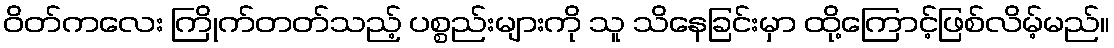
ဝိတ်ကလေး ကြိုက်တတ်သည့် ပစ္စည်းများကို သူ သိနေခြင်းမှာ ထို့ကြောင့်ဖြစ်လိမ့်မည်။